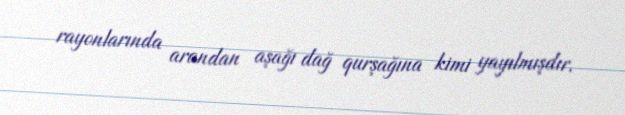
rayonlarında arandan aşağı dağ qurşağına kimi yayılmışdır.